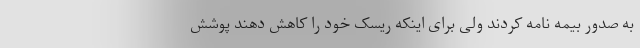
به صدور بیمه نامه کردند ولی برای اینکه ریسک خود را کاهش دهند پوشش